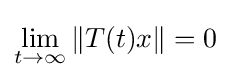
\lim _{t\to \infty }\|T(t)x\|=0